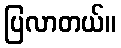
ပြလာတယ်။